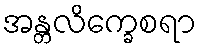
အန္တလိက္ခေစရာ